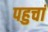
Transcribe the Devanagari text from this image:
पहुचां